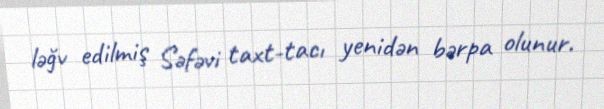
ləğv edilmiş Səfəvi taxt-tacı yenidən bərpa olunur.